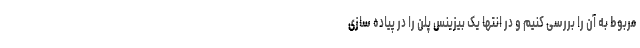
مربوط به آن را بررسی کنیم و در انتها یک بیزینس پلن را در پیاده سازی